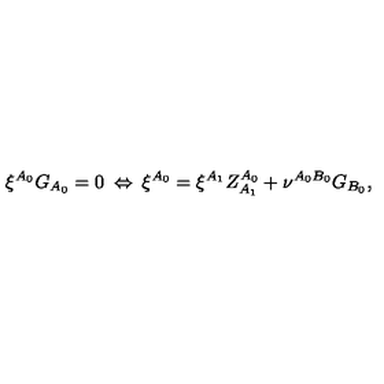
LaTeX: \xi ^ { A _ { 0 } } G _ { A _ { 0 } } = 0 \: \Leftrightarrow \: \xi ^ { A _ { 0 } } = \xi ^ { A _ { 1 } } Z _ { A _ { 1 } } ^ { A _ { 0 } } + \nu ^ { A _ { 0 } B _ { 0 } } G _ { B _ { 0 } } ,